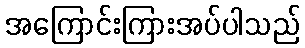
အကြောင်းကြားအပ်ပါသည်